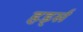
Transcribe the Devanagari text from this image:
हर्ड्स